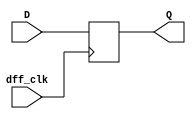
`timescale 1ns / 1ps
//////////////////////////////////////////////////////////////////////////////////
// Company: 
// Engineer: 
// 
// Design Name: 
// Module Name: DFlipFlop
// Project Name: 
// Target Devices: 
// Tool Versions: 
// Description: 
// 
// Dependencies: 
// 
// Revision:
// Revision 0.01 - File Created
// Additional Comments:
// 
//////////////////////////////////////////////////////////////////////////////////


module DFlipFlop(
    input dff_clk,
    input D,
    output reg Q = 0
    );
    
    always @ (posedge dff_clk) begin 
        Q <= D; 
    end 
    
endmodule